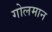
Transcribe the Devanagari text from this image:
गोलमान